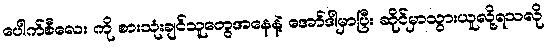
ပေါက်စီလေး ကို စားသုံးချင်သူတွေအနေနဲ့ အော်ဒါမှာပြီး ဆိုင်မှာသွားယူလို့ရသလို